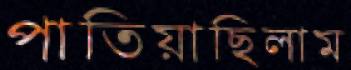
পাতিয়াছিলাম